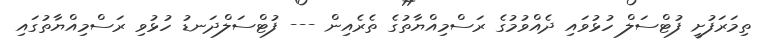
ތިމަރަފުށީ ފުޓްސަލް ހުޅުވައި ދެއްވުމުގެ ރަސްމިއްޔާތުގެ ތެރެއިން --- ފުޓްސަލްދަނޑު ހުޅުވި ރަސްމިއްޔާތުގައި